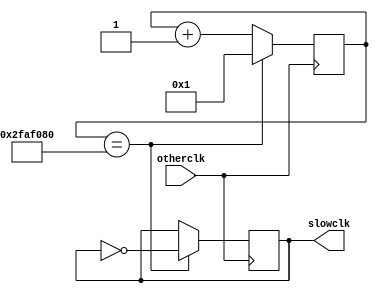
`timescale 1ns / 1ps
module clock_fitbit(otherclk, slowclk);
    input otherclk; //fast clock
    output reg slowclk; //slow clock

    reg[27:0] counter;

    initial 
    begin
        counter = 0;
        slowclk = 0;
    end

    always @ (posedge otherclk)
    begin
    if(counter == 50000000) 
    begin
      counter <= 1;
      slowclk <= ~slowclk;
    end
    else begin
      counter <= counter + 1;
    end
end


endmodule